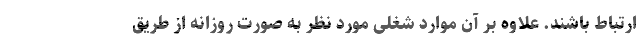
ارتباط باشند. علاوه بر آن موارد شغلی مورد نظر به صورت روزانه از طریق